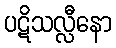
ပဋိသလ္လီနော